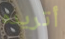
أتريده